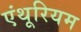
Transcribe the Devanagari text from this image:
एंथूरियम